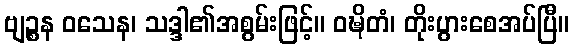
ဗျဉ္စန ဝသေန၊ သဒ္ဒါ၏အစွမ်းဖြင့်။ ဝဍ္ဎိတံ၊ တိုးပွားစေအပ်ပြီ။